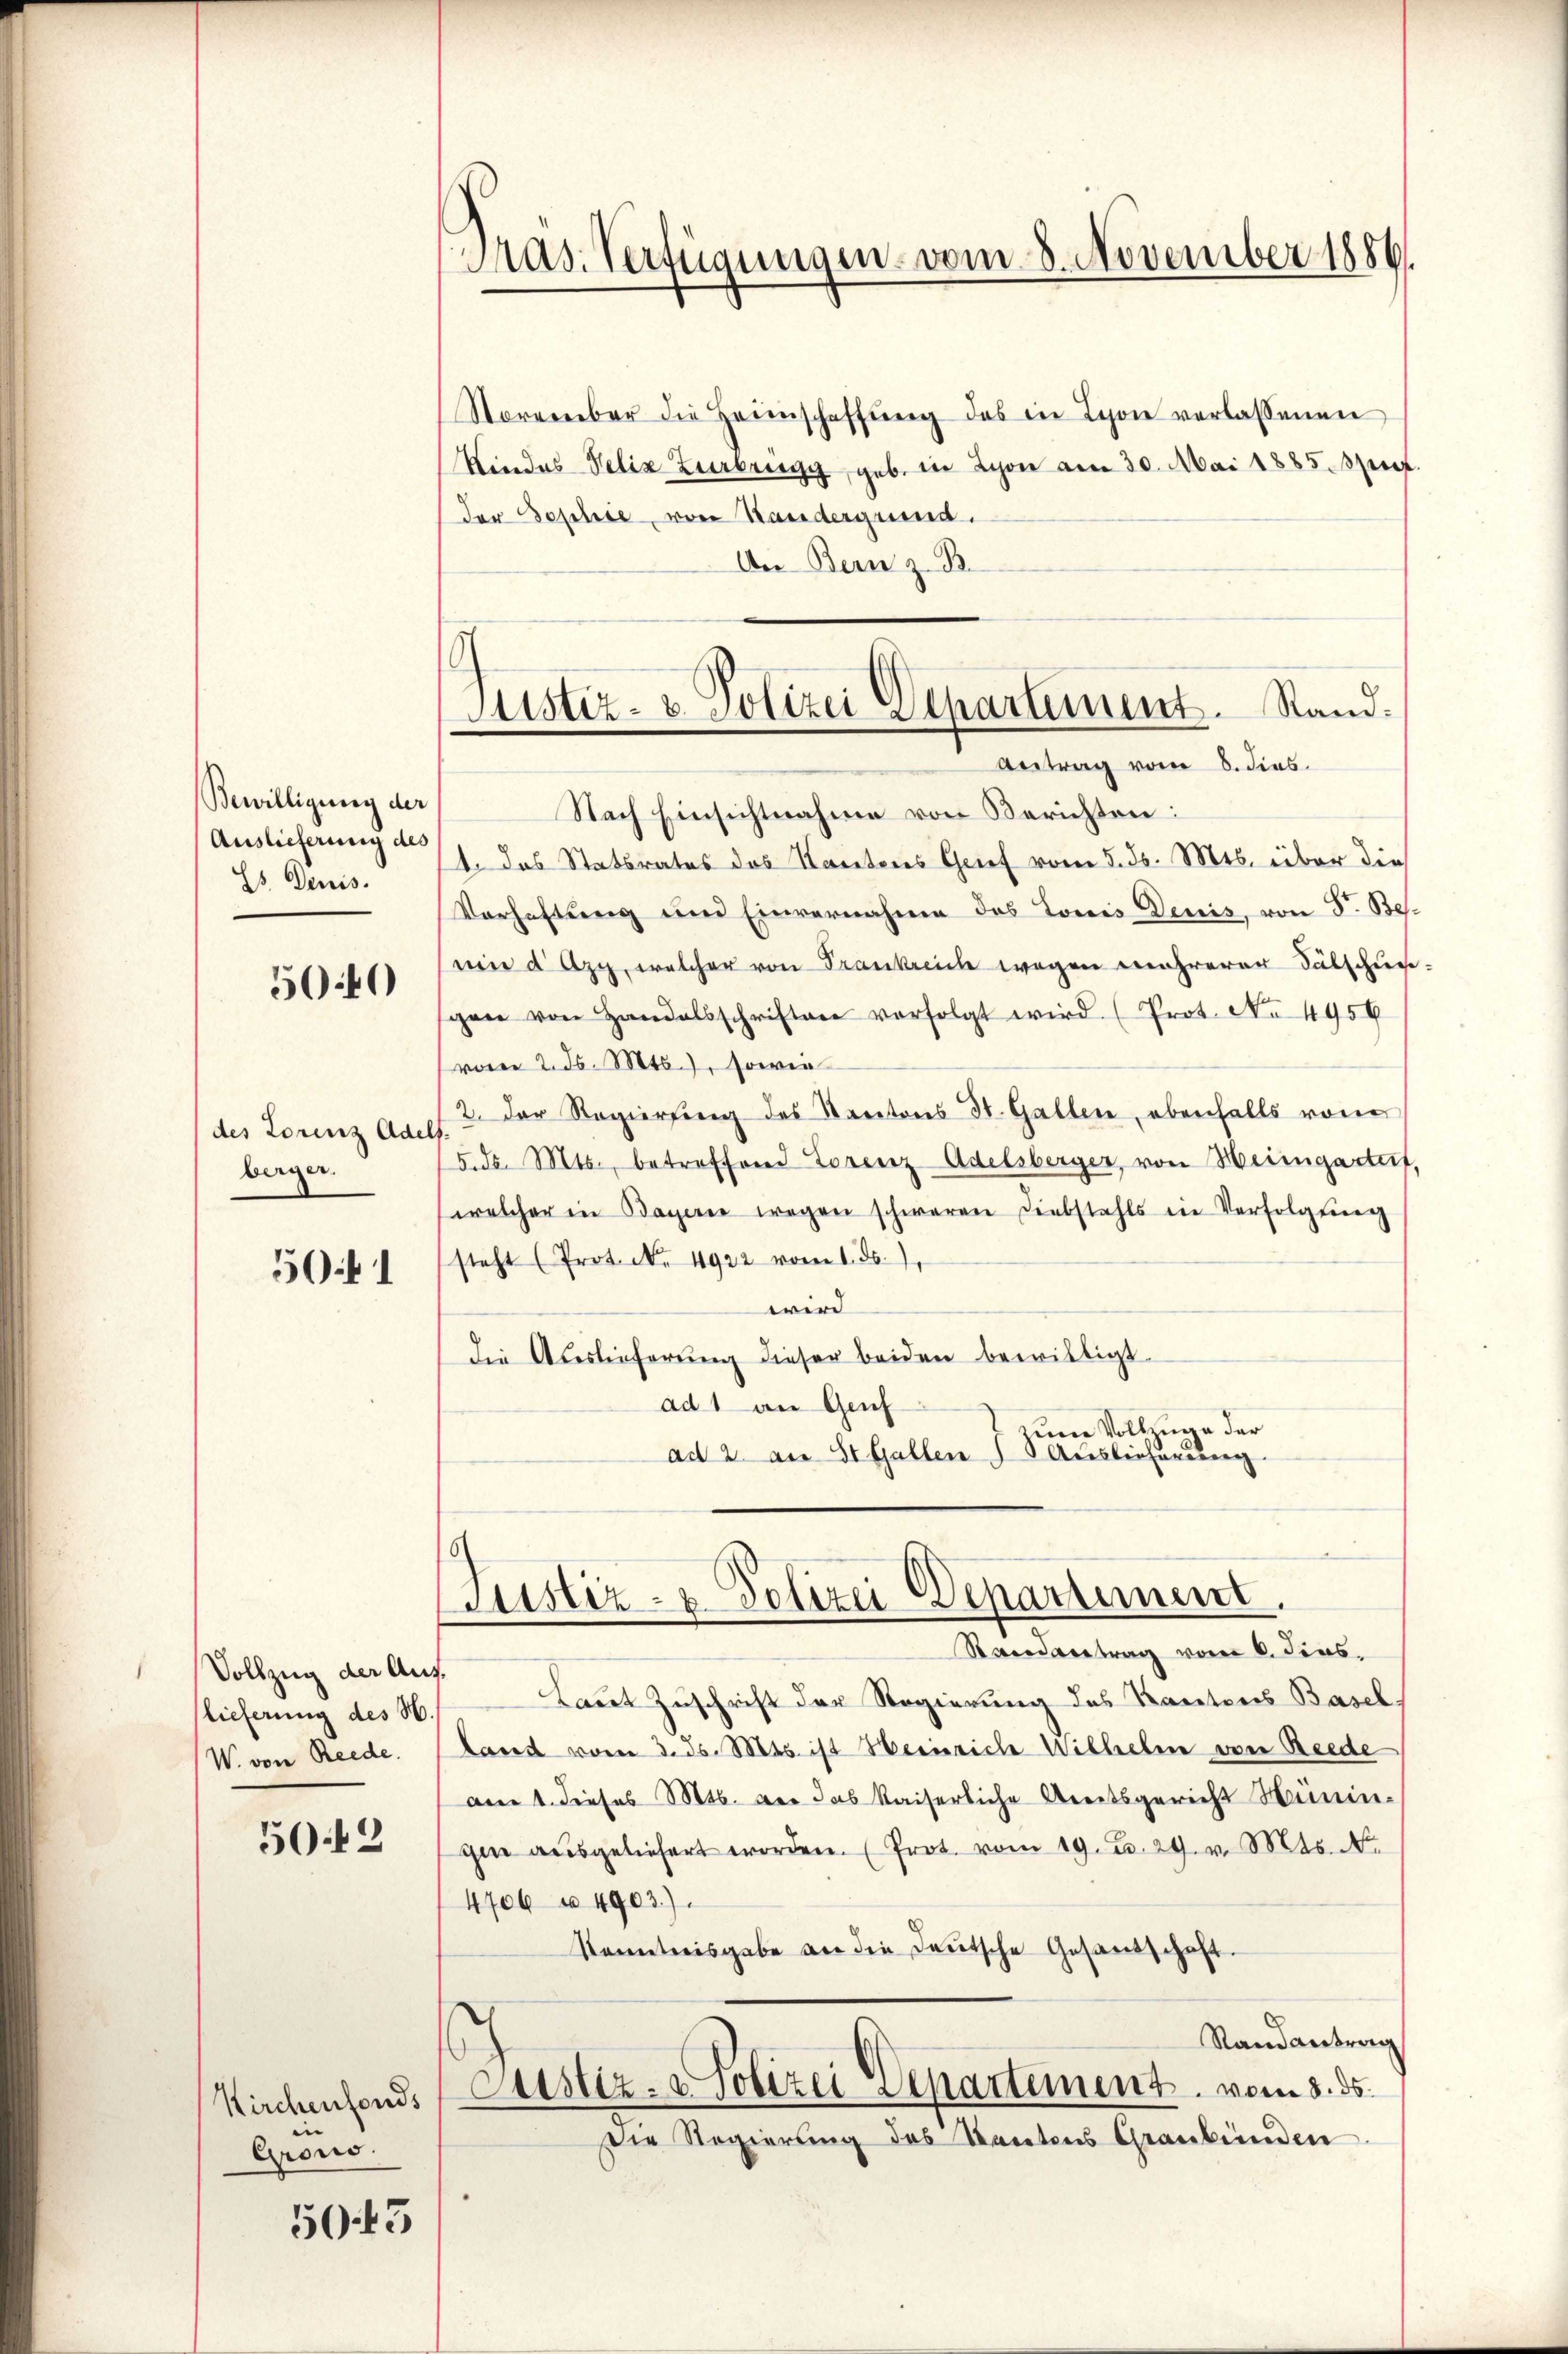
Bewilligung der
Auslieferung des
E. Denis.

5040

des Lorenz Adels
berger.

501

Vollzug der Auslieferung des H.
W. von Rede.

50.12

Grono.

5045

Pras. Verfügungen vom 8. November 1886.

November die Heimschaffŭng des in Schon verlassenen
Windes Felix Zurbrugg geb. in Schon am 30. Mai 1885. Spiez.
der Sophie, von Handergrund.
An Bern z. B.
1. Das Statsrates des Kantons Grief vom 5. ds. Mts. über die
Verhaftung und Einvernahme des Louis Denis, von S. Bes
(ein d Azy, welcher von Trankreich wegen mehrerer Sälschungen von Handelsschriften verfolgt wird. (Prot. No 4956
vom 2. ds. Mts., sowie
2. Der Regierung des Kantons St. Gallen, ebenfalls vone
5. ds. Mts., betreffend Lorenz Adelsberger, von Heimgarteit,
welcher in Bayerne wegen schweren Diebstahls in Verfolgŭng
steht (Prot. 4922 vom 1. ds.
wird
die Auslieferung dieser beiden bewilligt.
ad 1 an Genf
zum Vollzuge der
ad 2. an St. Gallen Auslieferung

Justiz- & Polizei Departement. Stand.
Antrag vom 8. dies
Nach Einsichtnahme von Berichten:

Justiz- & Polizei Departement.
Standertrag vom 6. Fens

Laut Zuschrift der Regierung des Kantons Baselland vom 3. ds. Mts. ist Heinriche Wilhelm von Riede
am 1. dieses 16. der das kaiserliche Areitsgericht Hüninihme aŭsgeliefert worden. (Prot. vom 19. d. 29. v. Mts. N.
4706 n 4903).
Kenntnisgabe an die Deutsche Gesandschaft.
Randantrag
Kirchenfonds (Saustiz- & Polizei Separtement vom 8. ds.
Die Regierŭng des Kantons Graubünden.